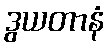
ဒွယတာနံ